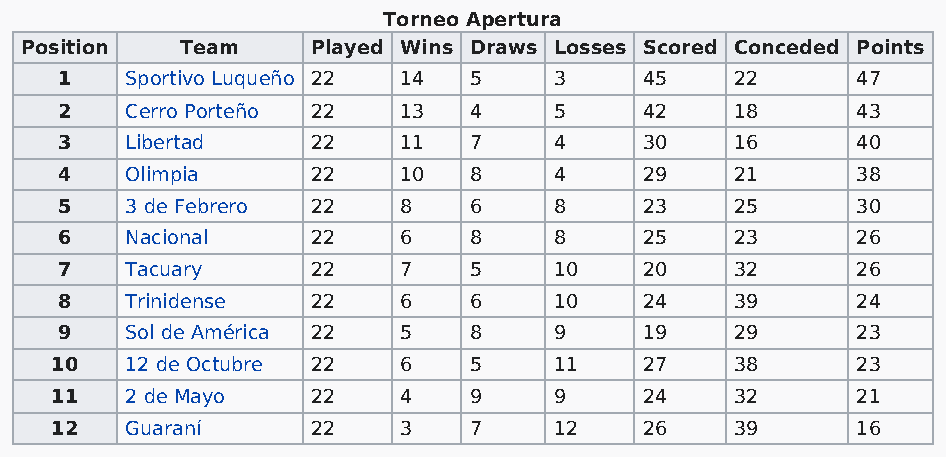
Torneo Apertura
 Position   Team     Played Wins Draws Losses Scored Conceded Points
 1   Sportivo Luqueño 22 14 5     3     45    22      47
 2   Cerro Porteño 22  13   4     5     42    18      43
 3   Libertad     22   11   7     4     30    16      40
 4   Olimpia      22   10   8     4     29    21      38
 5   3 de Febrero 22   8    6     8     23    25      30
 6   Nacional     22   6    8     8     25    23      26
 7   Tacuary      22   7    5     10    20    32      26
 8   Trinidense   22   6    6     10    24    39      24
 9   Sol de América 22 5    8     9     19    29      23
 10   12 de Octubre 22  6    5     11    27    38      23
 11   2 de Mayo    22   4    9     9     24    32      21
 12   Guaraní      22   3    7     12    26    39      16